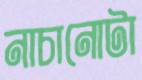
নাচানোটা